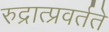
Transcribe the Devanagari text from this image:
रुद्रात्प्रवर्तते